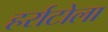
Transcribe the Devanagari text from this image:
हर्राटोला